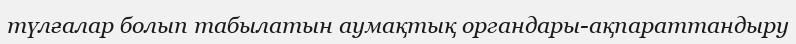
түлғалар болып табылатын аумақтық органдары-ақпараттандыру